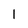
Character: l